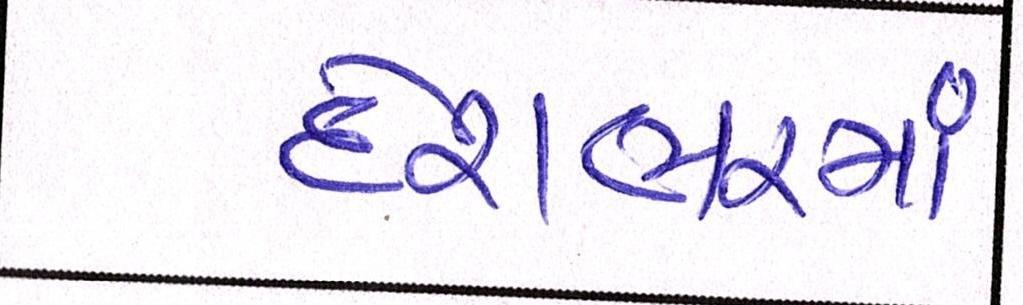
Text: દેશભરમાં